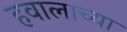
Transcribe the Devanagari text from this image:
हवालाच्या